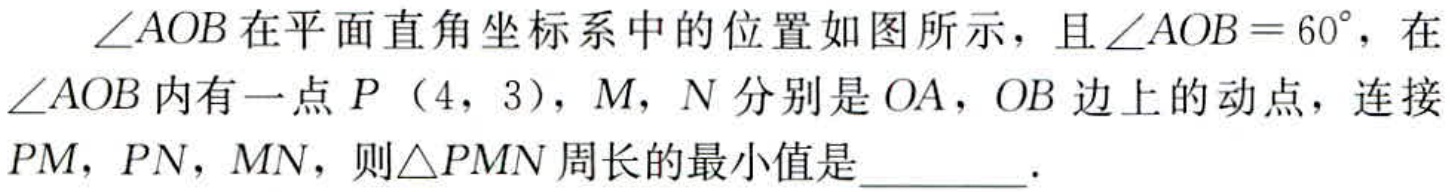
$\angle AOB$在平面直角坐标系中的位置如图所示，且$\angle AOB = 60^{\circ}$，在$\angle AOB$内有一点$P$（4，3），$M$，$N$分别是$OA$，$OB$边上的动点，连接$PM$，$PN$，$MN$，则$\triangle PMN$周长的最小值是________.